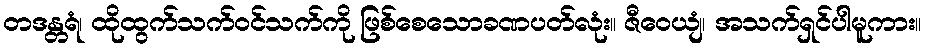
တဒန္တရံ၊ ထိုထွက်သက်ဝင်သက်ကို ဖြစ်စေသောခဏပတ်လုံး။ ဇီဝေယျံ၊ အသက်ရှင်ပါမူကား။